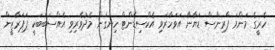
ހެރީގެ މަންމަ ޕްރިންސް ޑަޔާނާ އަވަހާރަވި އެކްސިޑެންޓް ހިނގަން މެދުވެރިވި އެއްސަބަބަކީ ޕަޕަރާޒީން